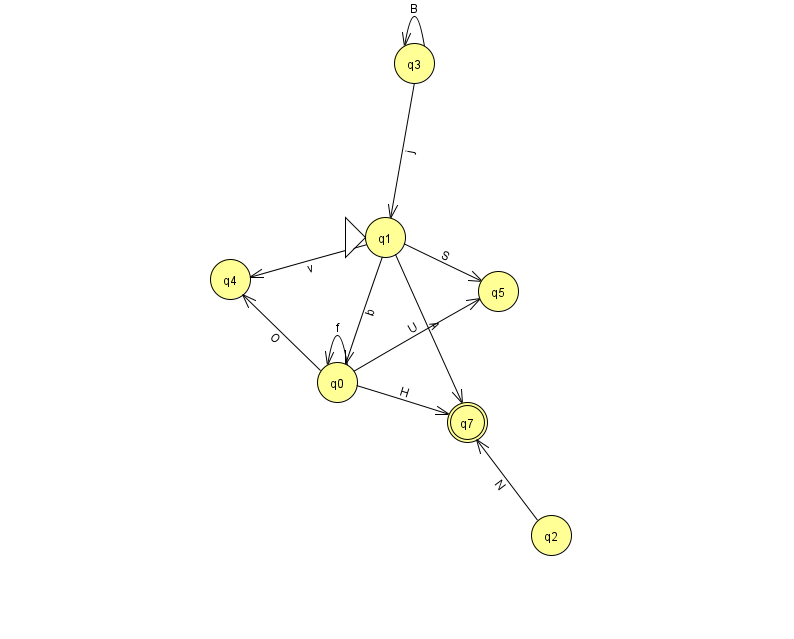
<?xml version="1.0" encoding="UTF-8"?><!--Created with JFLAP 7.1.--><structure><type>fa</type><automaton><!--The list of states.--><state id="0" name="q0"><x>337.0</x><y>369.0</y></state><state id="1" name="q1"><x>385.0</x><y>224.0</y><initial/></state><state id="2" name="q2"><x>551.0</x><y>522.0</y></state><state id="3" name="q3"><x>414.0</x><y>50.0</y></state><state id="4" name="q4"><x>230.0</x><y>266.0</y></state><state id="5" name="q5"><x>498.0</x><y>278.0</y></state><state id="7" name="q7"><x>467.0</x><y>409.0</y><final/></state><!--The list of transitions.--><transition><from>1</from><to>7</to><read>A</read></transition><transition><from>2</from><to>7</to><read>N</read></transition><transition><from>3</from><to>3</to><read>B</read></transition><transition><from>1</from><to>0</to><read>b</read></transition><transition><from>1</from><to>4</to><read>v</read></transition><transition><from>0</from><to>0</to><read>f</read></transition><transition><from>0</from><to>5</to><read>U</read></transition><transition><from>0</from><to>4</to><read>O</read></transition><transition><from>1</from><to>5</to><read>S</read></transition><transition><from>3</from><to>1</to><read>j</read></transition><transition><from>0</from><to>7</to><read>H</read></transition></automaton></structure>